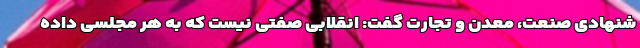
شنهادی صنعت، معدن و تجارت گفت: انقلابی صفتی نیست که به هر مجلسی داده